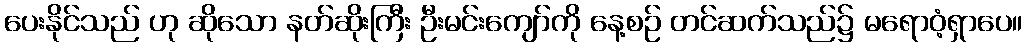
ပေးနိုင်သည် ဟု ဆိုသော နတ်ဆိုးကြီး ဦးမင်းကျော်ကို နေ့စဉ် တင်ဆက်သည်၌ မရောဝံ့ရှာပေ။